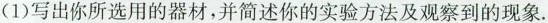
(1)写出你所选用的器材，并简述你的实验方法及观察到的现象。